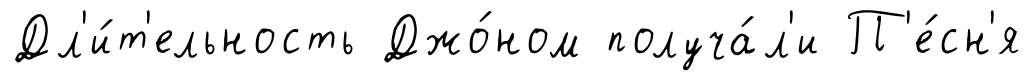
Дл'и́т'ельность Джо́ном получа́л'и П'е́сн'я